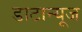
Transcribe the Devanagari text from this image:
डाटान्यूज